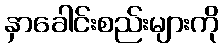
နှာခေါင်းစည်းများကို